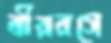
বীররসে